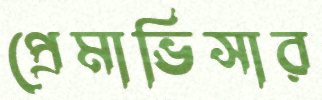
প্রেমাভিসার